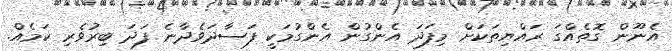
އެނޫން ގޮތެއްގަ ރައްޔިތަކަށް މިފަދަ އެންގުން އެންގުމަކީ ފަސާދަވެދާނެ ފަދަ ބިރުވެރި ކަމެއް.